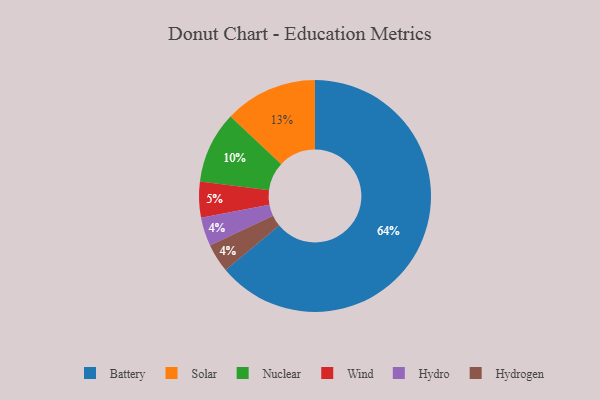
{"axis": {"x": "Category", "y": "Percentage"}, "legend": ["Battery", "Hydro", "Hydrogen", "Nuclear", "Solar", "Wind"], "data": [{"x": "Nuclear", "y": 10, "type": "Nuclear"}, {"x": "Hydro", "y": 4, "type": "Hydro"}, {"x": "Battery", "y": 64, "type": "Battery"}, {"x": "Solar", "y": 13, "type": "Solar"}, {"x": "Hydrogen", "y": 4, "type": "Hydrogen"}, {"x": "Wind", "y": 5, "type": "Wind"}]}